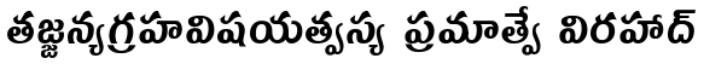
తజ్జన్యగ్రహవిషయత్వస్య ప్రమాత్వే విరహాద్